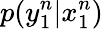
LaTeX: p(y_{1}^{n}|x_{1}^{n})